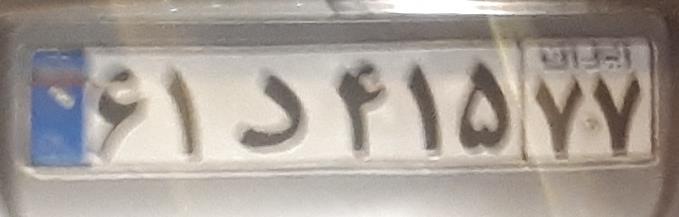
۶۱د۴۱۵۷۷